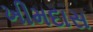
ખીમદાસ